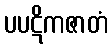
ပပဋိကဇာတံ